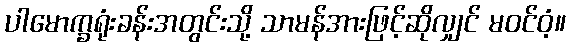
ပါမောက္ခရုံးခန်းအတွင်းသို့ သာမန်အားဖြင့်ဆိုလျှင် မဝင်ဝံ့။